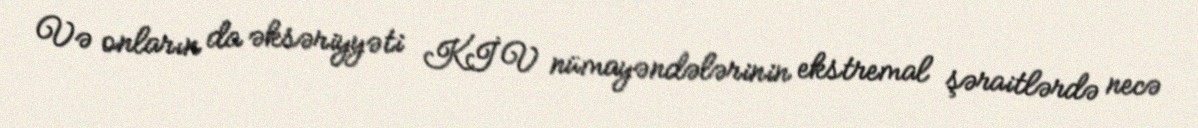
Və onların da əksəriyyəti KİV nümayəndələrinin ekstremal şəraitlərdə necə